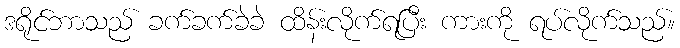
ဒရိုင်ဘာသည် ခက်ခက်ခဲခဲ ထိန်းလိုက်ရပြီး ကားကို ရပ်လိုက်သည်။